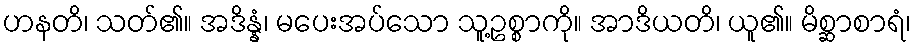
ဟနတိ၊ သတ်၏။ အဒိန္နံ၊ မပေးအပ်သော သူ့ဥစ္စာကို။ အာဒိယတိ၊ ယူ၏။ မိစ္ဆာစာရံ၊